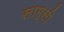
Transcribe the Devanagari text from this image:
साम्सी